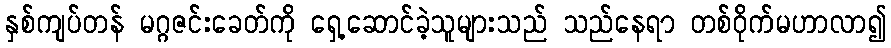
နှစ်ကျပ်တန် မဂ္ဂဇင်းခေတ်ကို ရှေ့ဆောင်ခဲ့သူများသည် သည်နေရာ တစ်ဝိုက်မဟာလာ၍